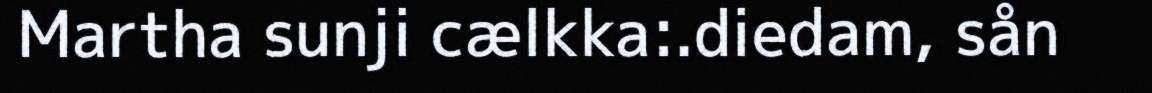
Martha sunji cælkka:.diedam, sån